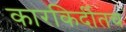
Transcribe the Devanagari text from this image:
कारकिर्दीतच